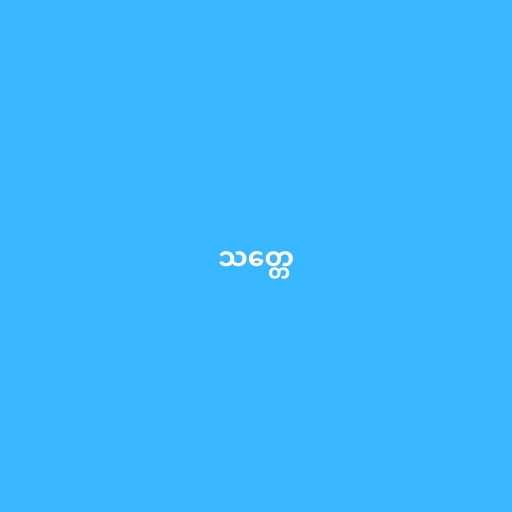
သတ္တေ